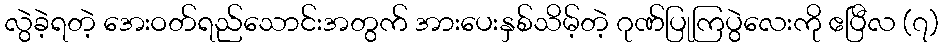
လွဲခဲ့ရတဲ့ အေးဝတ်ရည်သောင်းအတွက် အားပေးနှစ်သိမ့်တဲ့ ဂုဏ်ပြုကြပွဲလေးကို ဧပြီလ (၇)